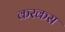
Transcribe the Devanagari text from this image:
करकस